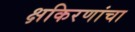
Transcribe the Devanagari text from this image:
क्षकिरणांचा